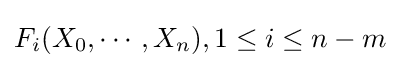
F_{i}(X_{0},\cdots ,X_{n}),1\leq i\leq n-m